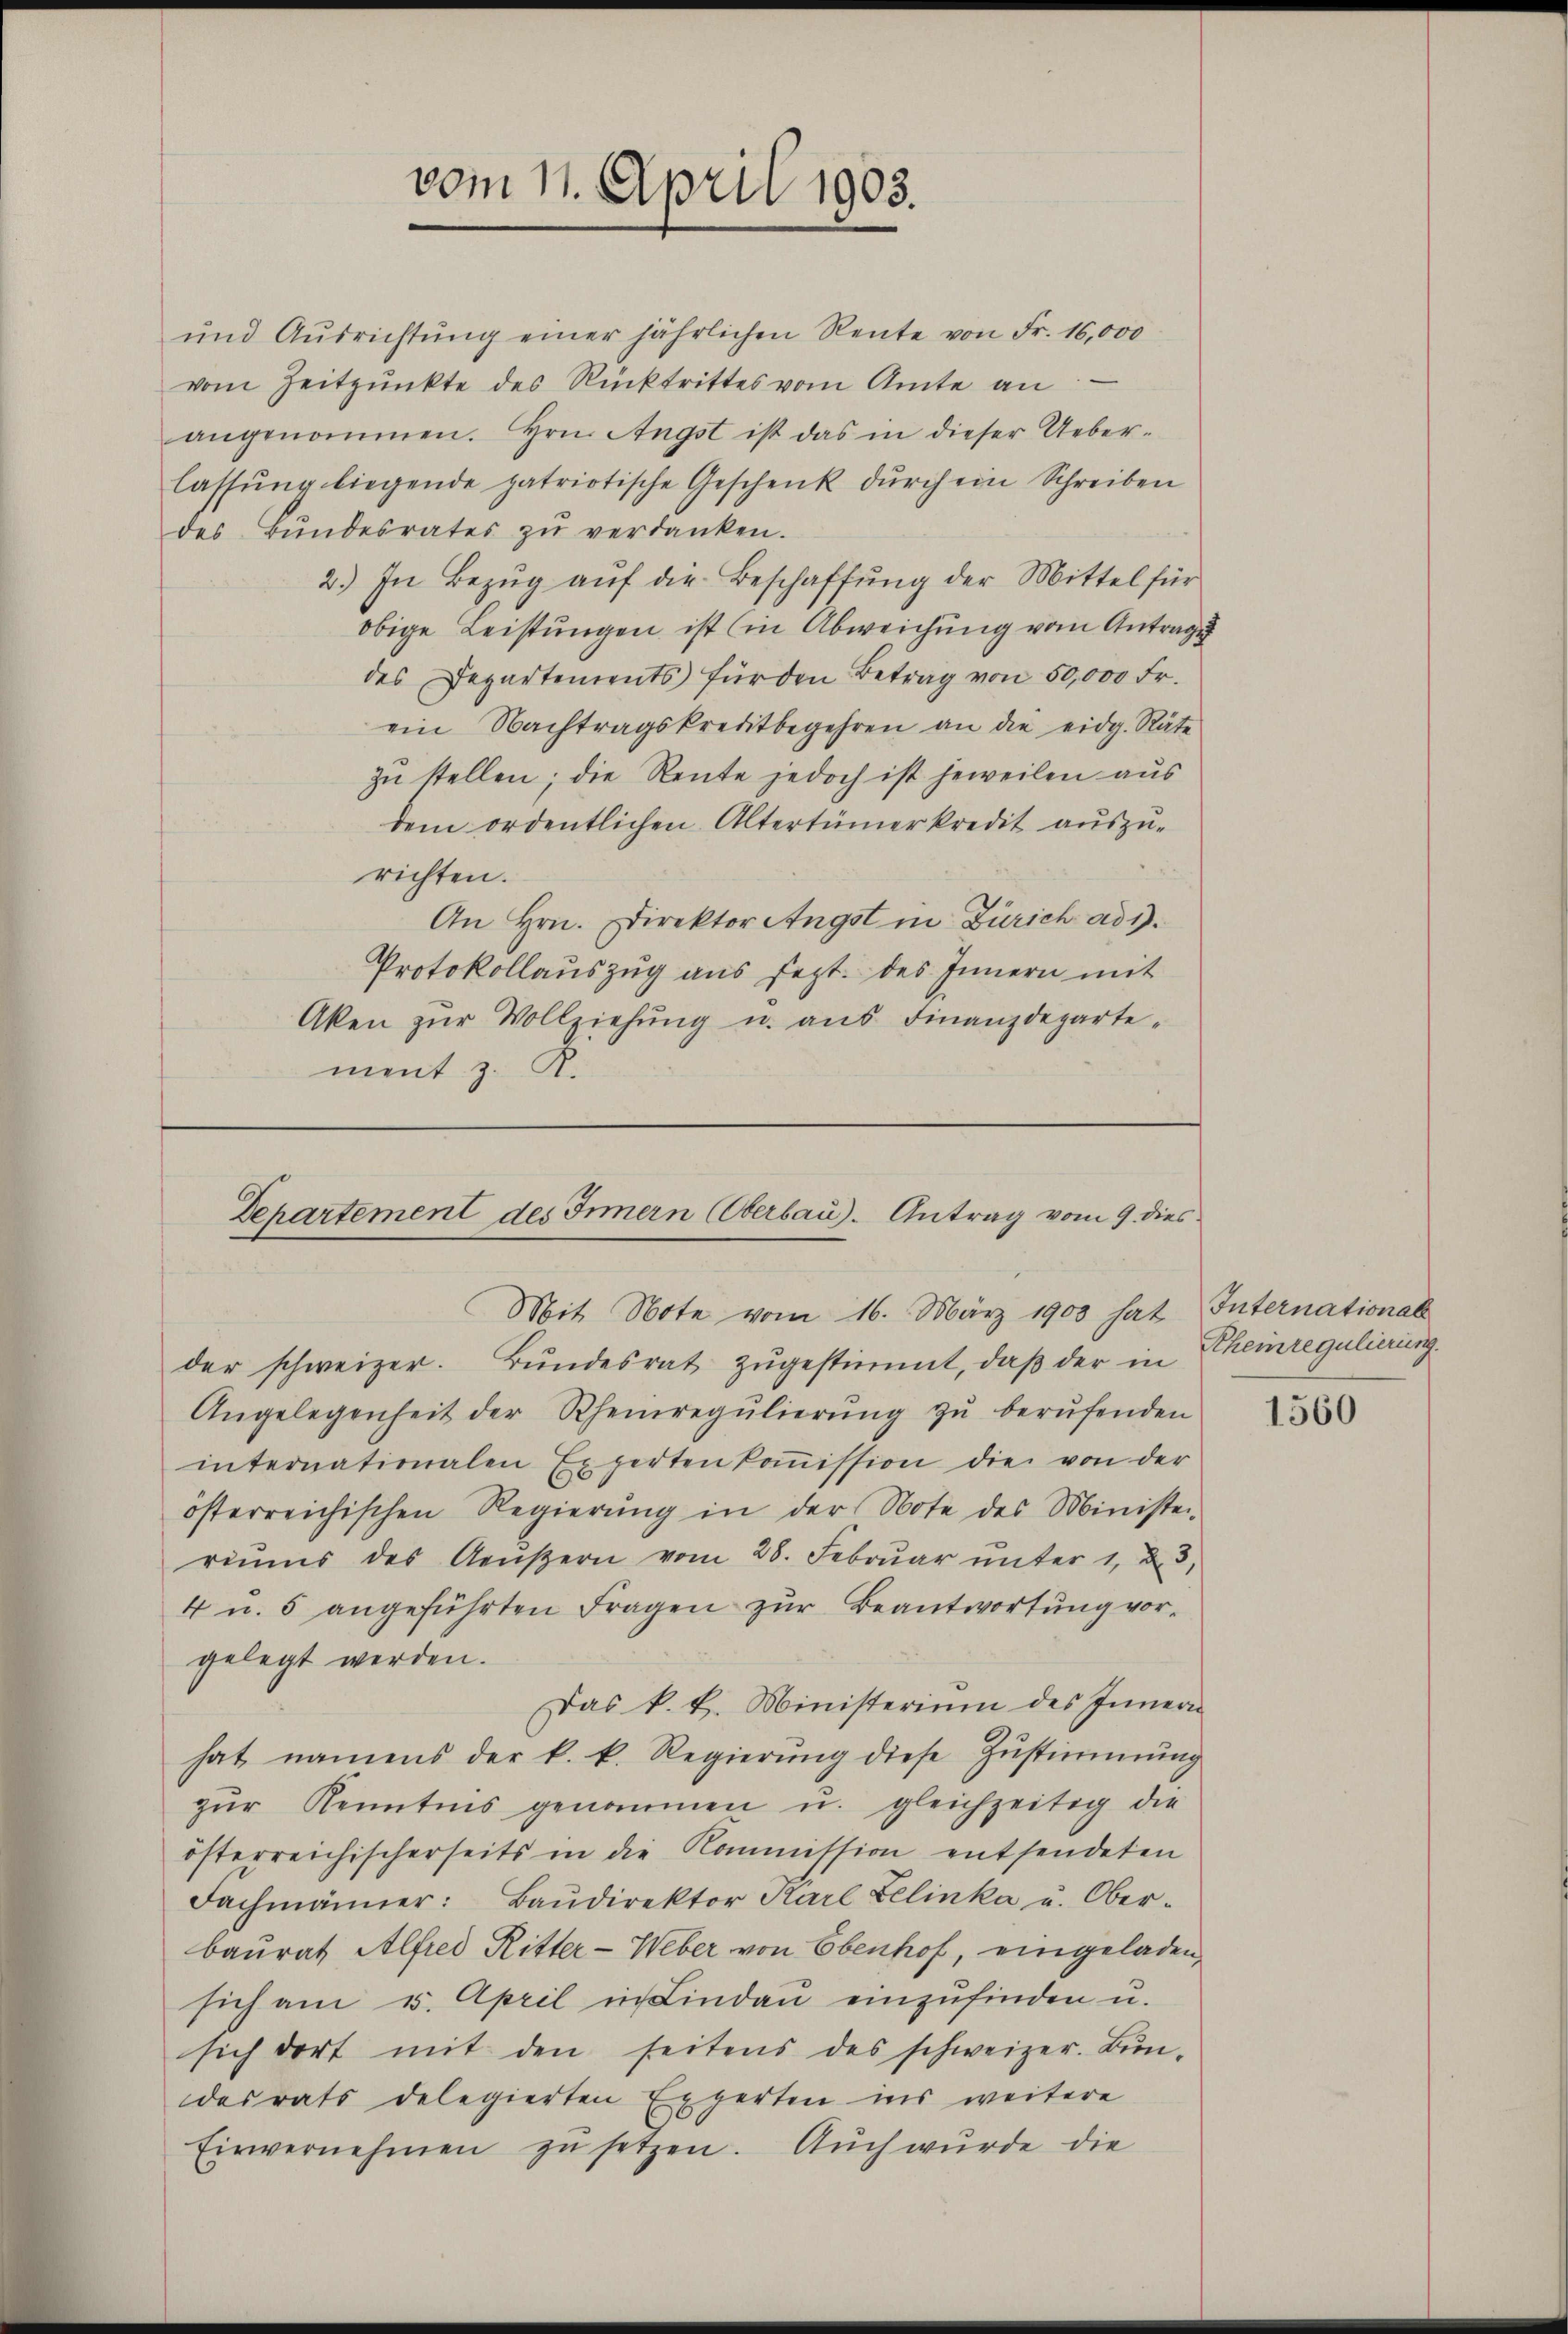
und Ausrichtŭng einer jährlichen Rente von Fr. 16,000
vom Zeitpunkte des Rücktrittes vom Amte an:
angenommen. Hrn. Angst ist das in dieser Ueber-
lassŭng liegende patriotische Geschenk dŭrch ein Schreiben
des Bŭndesrates zŭ verdanken.
2.) In Bezug auf die Beschaffung der Mittel für
obige Leistungen ist (in Abweichung vom Antrag
des Departements für den Betrag von 50,000 Fr.
ein Nachtragskreditbegehren an die eidg. Räte
zŭ stellen; die Rente jedoch ist jeweilen aus
dem ordentlichen Altertümer kredit aŭszŭ-
richten.
An Hrn. Direktor Angst in Zürich ad 1.
Protokollauszug aus sezt. des Innern mit
Aken zŭr Vollziehŭng u. aŭs Finanzdeparte-
ment z. R.

vom 11. April 1903.

Departement des Innern (Oberbau). Antrag vom 9. dies
Mit Note vom 16. März 1903 hat International

der schweizer. Bŭndesrat zŭgestimmt, daβ der in Rheinregulierung
Angelegenheit der Rheinregŭlierŭng zŭ berŭfenden
internationalen Expertenkoṁission die von der
österreichischen Regierŭng in der Note des Ministen
riŭms des Aeŭβern vom 28. Febrŭar ŭnter 1, 23,
4 u. 5 angeführten Fragen zur Beantwortung vorgelegt werden.
Das k. k. Ministerium des Innern
hat namens der k. k. Regierŭng diese Zŭstimmung
zŭr Kenntnis genommen u. gleichzeitig die
österreichischerseits in die Kommission entsendeten
Fachmänner: Baŭdirektor Karl Zelinka u. Ober-
baurat Alfred Ritter - Weber von Ebenhof, eingeladen,
sich am u. April in Lindau einzŭfinden u.
sich dort mit den seitens des schweizer. Bŭn-
desrats delegierten Experten ins weitere
Einvernehmen zŭ setzen. Auch wurde die

1560